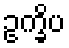
ဥက္ခိပ